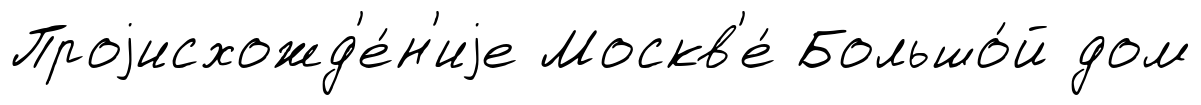
Проjисхожд'е́н'иjе Москв'е́ Большо́й дом